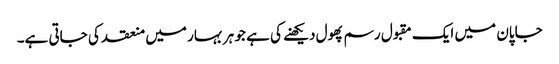
جاپان میں ایک مقبول رسم پھول دیکھنے کی ہے جو ہر بہار میں منعقد کی جاتی ہے۔